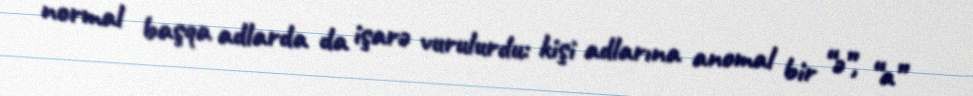
normal başqa adlarda da işarə vurulurdu: kişi adlarına anomal bir “ə”, “a”